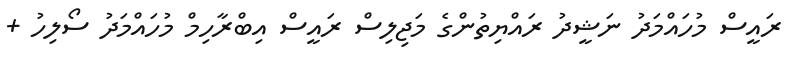
ރައީސް މުހައްމަދު ނަޝީދު ރައްޔިތުންގެ މަޖިލިސް ރައީސް އިބްރާހިމް މުހައްމަދު ސޯލިހު +